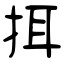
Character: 挕